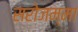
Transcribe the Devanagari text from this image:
सरोजम्मा